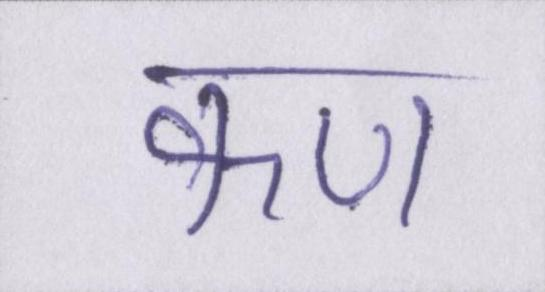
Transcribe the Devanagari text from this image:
कण